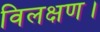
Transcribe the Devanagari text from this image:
विलक्षण।